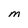
Character: M